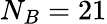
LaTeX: N_{B}=21